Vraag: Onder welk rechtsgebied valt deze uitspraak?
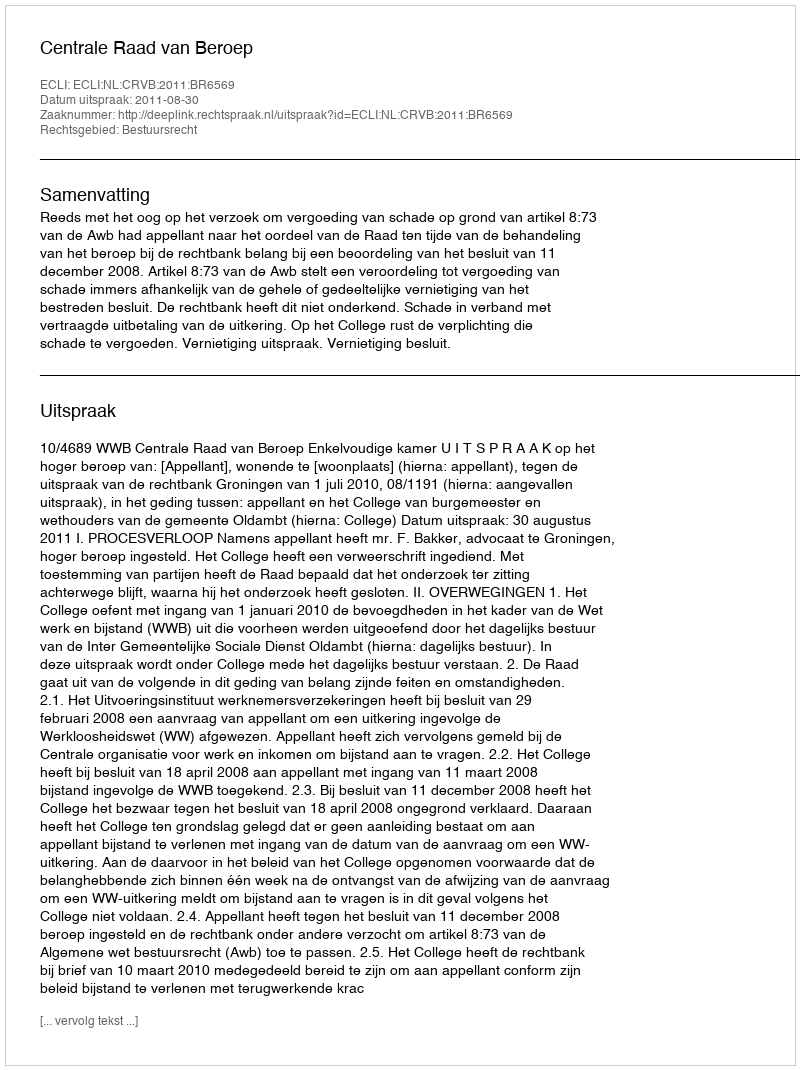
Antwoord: Bestuursrecht